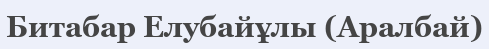
Битабар Елубайұлы (Аралбай)